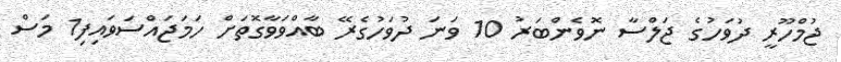
ޖުމްހޫރީ ދުވަހުގެ ޖަލްސާ ނޮވެންބަރު 10 ވަނަ ދުވަހުގެރޭ ބާއްވަވާގޮތަށް ހަމަޖައްސަވައިފި1 މަސް